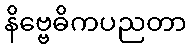
နိဗ္ဗေဓိကပညတာ